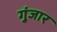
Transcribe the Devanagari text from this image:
गुंजार